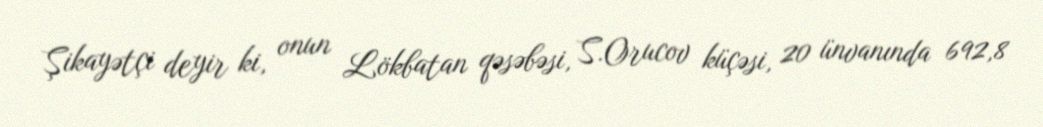
Şikayətçi deyir ki, onun Lökbatan qəsəbəsi, S.Orucov küçəsi, 20 ünvanında 692,8